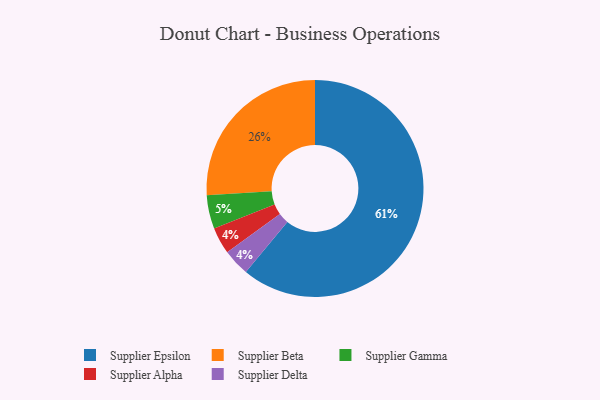
{"axis": {"x": "Category", "y": "Percentage"}, "legend": ["Supplier Alpha", "Supplier Beta", "Supplier Delta", "Supplier Epsilon", "Supplier Gamma"], "data": [{"x": "Supplier Alpha", "y": 4, "type": "Supplier Alpha"}, {"x": "Supplier Epsilon", "y": 61, "type": "Supplier Epsilon"}, {"x": "Supplier Delta", "y": 4, "type": "Supplier Delta"}, {"x": "Supplier Gamma", "y": 5, "type": "Supplier Gamma"}, {"x": "Supplier Beta", "y": 26, "type": "Supplier Beta"}]}